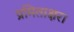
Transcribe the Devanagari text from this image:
प्रमिताक्षरा